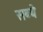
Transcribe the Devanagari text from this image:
सब्बे